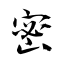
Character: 密